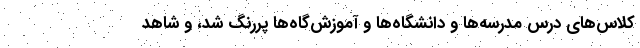
کلاس‌های درس مدرسه‌ها و دانشگاه‌ها و آموزش‌گاه‌ها پررنگ شد، و شاهد